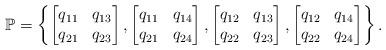
LaTeX: \begin{align*}{\mathbb P}=\left\{ \begin{bmatrix} q_{11} & q_{13}\\ q_{21} & q_{23} \end{bmatrix},\begin{bmatrix} q_{11} & q_{14}\\ q_{21} & q_{24} \end{bmatrix},\begin{bmatrix} q_{12} & q_{13}\\ q_{22} & q_{23} \end{bmatrix},\begin{bmatrix} q_{12} & q_{14}\\ q_{22} & q_{24} \end{bmatrix}\right\}.\end{align*}